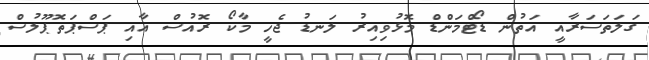
ގަލަތަސަރާއީ އަތުން ޑޯޓްމަންޑް މޮޅުވިއިރު ލަނޑު ޖެހީ މާކޯ ރޮއުސް އާއި ޕަސްޕަތޮޕޫލުސް